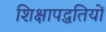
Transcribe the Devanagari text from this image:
शिक्षापद्धतियों